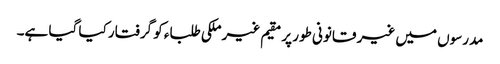
مدرسوں میں غیر قانونی طور پر مقیم غیر ملکی طلباء کو گرفتار کیا گیا ہے۔